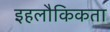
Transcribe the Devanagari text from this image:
इहलौकिकता